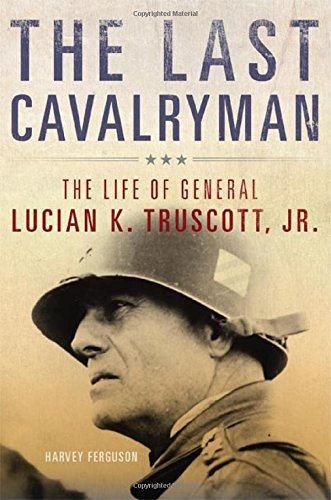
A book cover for The Last Cavalryman: The Life of General Lucian K. Truscott, Jr. (Campaigns and Commanders Series); Harvey Ferguson; History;